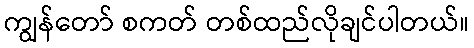
ကျွန်တော် စကတ် တစ်ထည်လိုချင်ပါတယ်။